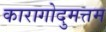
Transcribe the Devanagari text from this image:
कारागोदुमत्तम